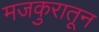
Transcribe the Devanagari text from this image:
मजकुरातून